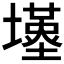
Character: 𡒣